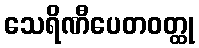
သေရိဏီပေတဝတ္ထု